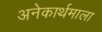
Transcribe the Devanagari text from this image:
अनेकार्थमाला